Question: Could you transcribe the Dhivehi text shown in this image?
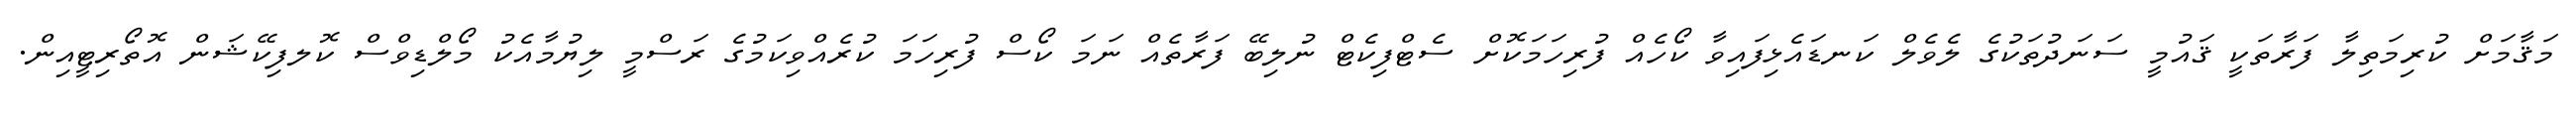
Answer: މަޤާމަށް ކުރިމަތިލާ ފަރާތަކީ ޤައުމީ ސަނަދުތަކުގެ ލެވެލް ކަނޑައެޅިފައިވާ ކޯހެއް ފުރިހަމަކޮށް ސެޓްފިކެޓް ނުލިބޭ ފަރާތެއް ނަމަ ކޯސް ފުރިހަމަ ކުރެއްވިކަމުގެ ރަސްމީ ލިޔުމާއެކު މޯލްޑިވްސް ކޮލފިކޭޝަން އޮތޯރިޓީއިން.